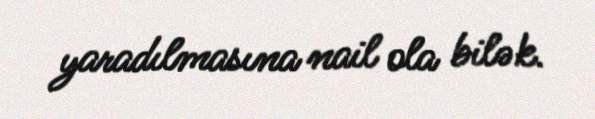
yaradılmasına nail ola bilək.